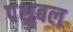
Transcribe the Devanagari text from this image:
पशुबल